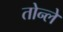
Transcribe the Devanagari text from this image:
तोन्ले